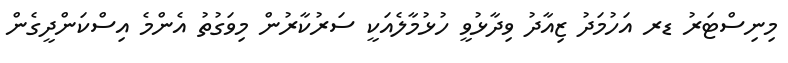
މިނިސްޓަރު ޑރ އަހުމަދު ޒިއާދު ވިދާޅުވީ ހުޅުމާލެއަކީ ސަރުކާރުން މިވަގުތު އެންމެ އިސްކަންދީގެން